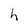
Character: h